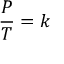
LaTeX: { \frac { P } { T } } = k